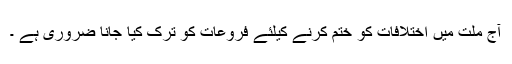
آج ملت میں اختلافات کو ختم کرنے کیلئے فروعات کو ترک کیا جانا ضروری ہے ۔